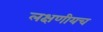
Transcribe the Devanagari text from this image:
लक्षणीयच